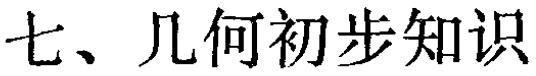
七、几何初步知识